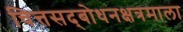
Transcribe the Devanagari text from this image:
चित्तसद्‍बोधनक्षत्रमाला